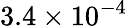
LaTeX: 3.4\times 10^{-4}